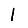
Digit: 1